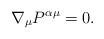
LaTeX: \begin{align*}\nabla _{\mu }P^{\alpha \mu }=0. \end{align*}